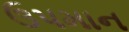
ઉપમાન